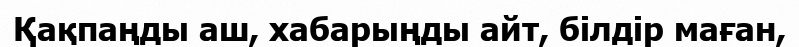
Қақпаңды аш, хабарыңды айт, білдір маған,